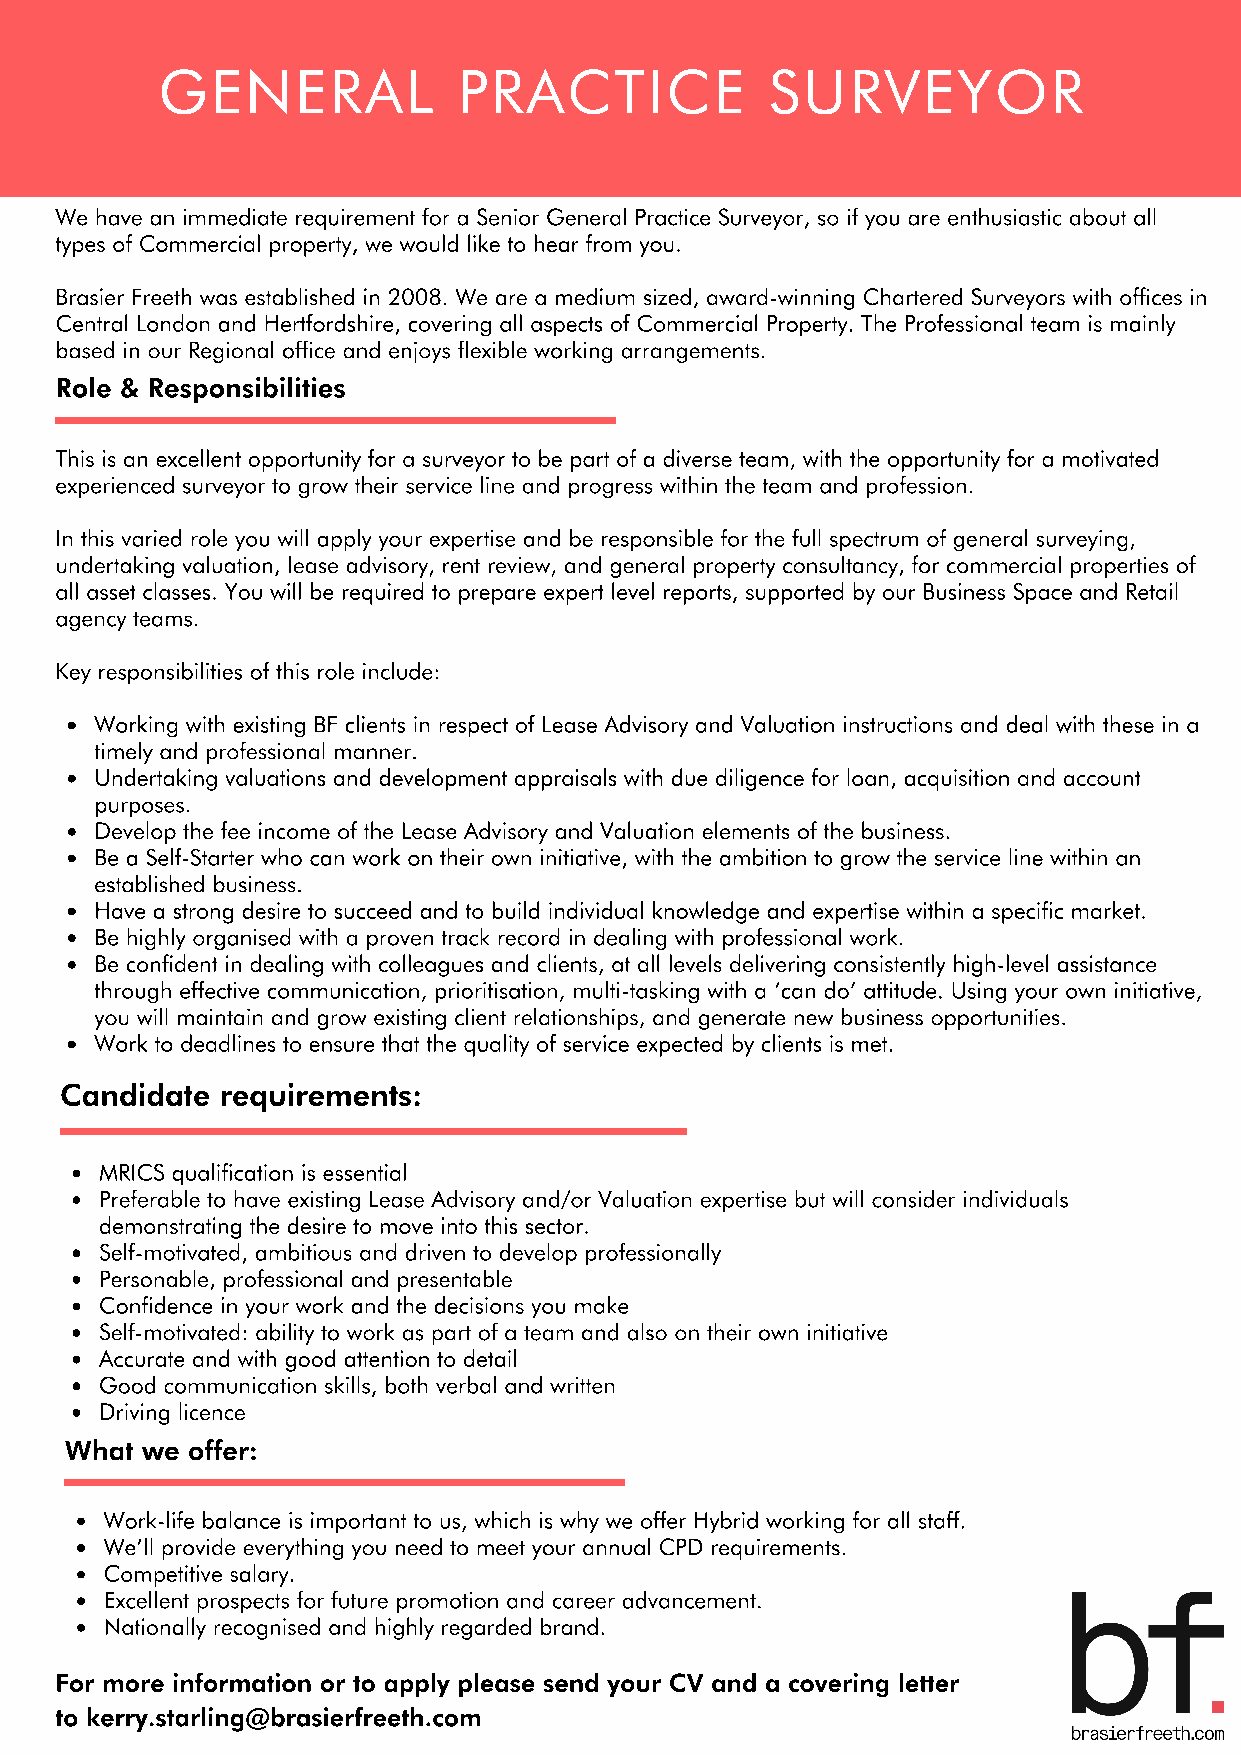
GENERAL             PRACTICE             SURVEYOR
 We have an immediate requirement for a Senior General Practice Surveyor, so if you are enthusiastic about all
 types of Commercial property, we would like to hear from you.
 Brasier Freeth was established in 2008. We are a medium sized, award-winning Chartered Surveyors with offices in
 Central London and Hertfordshire, covering all aspects of Commercial Property. The Professional team is mainly
 based in our Regional office and enjoys flexible working arrangements.
 Role & Responsibilities
 This is an excellent opportunity for a surveyor to be part of a diverse team, with the opportunity for a motivated
 experienced surveyor to grow their service line and progress within the team and profession.
 In this varied role you will apply your expertise and be responsible for the full spectrum of general surveying,
 undertaking valuation, lease advisory, rent review, and general property consultancy, for commercial properties of
 all asset classes. You will be required to prepare expert level reports, supported by our Business Space and Retail
 agency teams.
 Key responsibilities of this role include:
 Working with existing BF clients in respect of Lease Advisory and Valuation instructions and deal with these in a
 timely and professional manner.
 Undertaking valuations and development appraisals with due diligence for loan, acquisition and account
 purposes.
 Develop the fee income of the Lease Advisory and Valuation elements of the business.
 Be a Self-Starter who can work on their own initiative, with the ambition to grow the service line within an
 established business.
 Have a strong desire to succeed and to build individual knowledge and expertise within a specific market.
 Be highly organised with a proven track record in dealing with professional work.
 Be confident in dealing with colleagues and clients, at all levels delivering consistently high-level assistance
 through effective communication, prioritisation, multi-tasking with a ‘can do’ attitude. Using your own initiative,
 you will maintain and grow existing client relationships, and generate new business opportunities.
 Work to deadlines to ensure that the quality of service expected by clients is met.
 Candidate  requirements:
 MRICS qualification is essential
 Preferable to have existing Lease Advisory and/or Valuation expertise but will consider individuals
 demonstrating the desire to move into this sector.
 Self-motivated, ambitious and driven to develop professionally
 Personable, professional and presentable
 Confidence in your work and the decisions you make
 Self-motivated: ability to work as part of a team and also on their own initiative
 Accurate and with good attention to detail
 Good communication skills, both verbal and written
 Driving licence
 What we offer:
 Work-life balance is important to us, which is why we offer Hybrid working for all staff.
 We’ll provide everything you need to meet your annual CPD requirements.
 Competitive salary.
 Excellent prospects for future promotion and career advancement.
 Nationally recognised and highly regarded brand.
 For more information or to apply please send your CV and a covering letter
 to kerry.starling@brasierfreeth.com